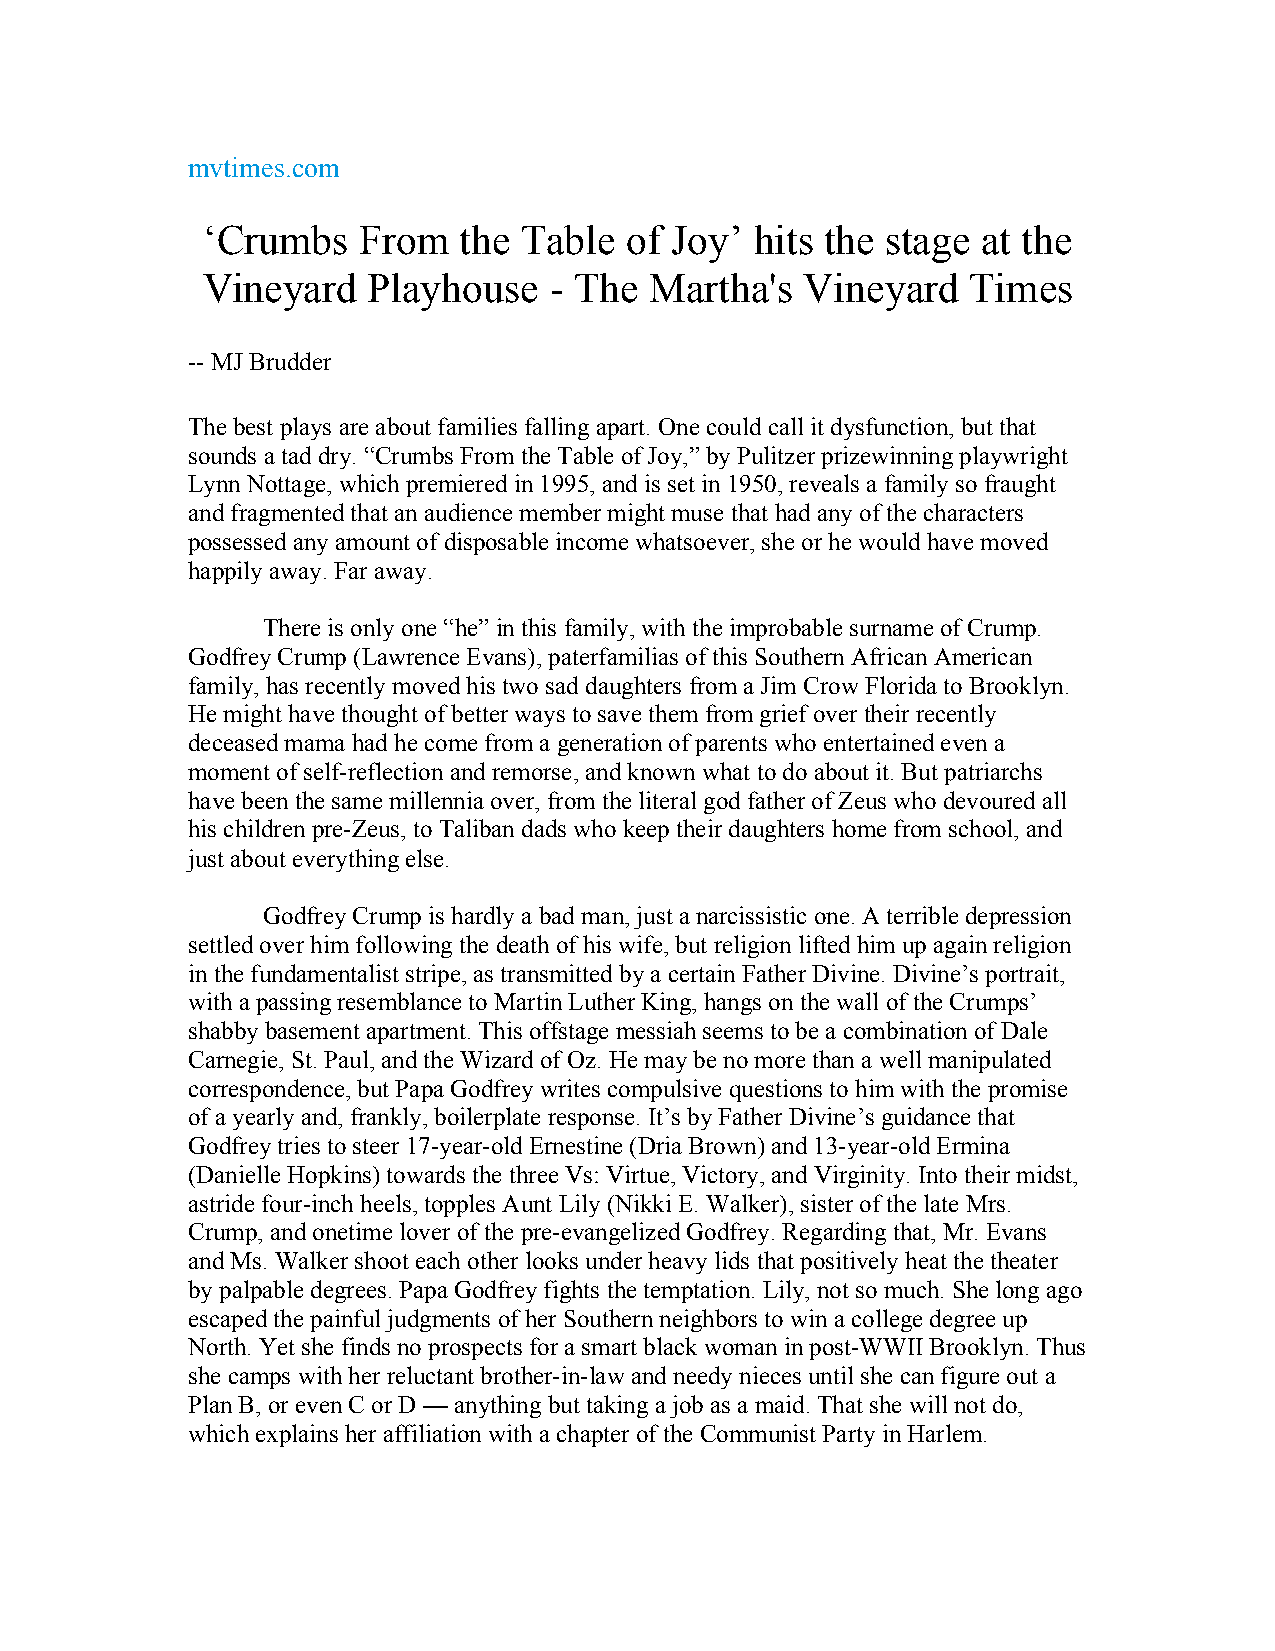
mvtimes.com
 ‘Crumbs    From  the Table  of Joy’  hits the stage at the
 Vineyard   Playhouse   - The  Martha's  Vineyard   Times
 -- MJ Brudder
 The best plays are about families falling apart. One could call it dysfunction, but that
 sounds a tad dry. “Crumbs From the Table of Joy,” by Pulitzer prizewinning playwright
 Lynn Nottage, which premiered in 1995, and is set in 1950, reveals a family so fraught
 and fragmented that an audience member might muse that had any of the characters
 possessed any amount of disposable income whatsoever, she or he would have moved
 happily away. Far away.
 There is only one “he” in this family, with the improbable surname of Crump.
 Godfrey Crump (Lawrence Evans), paterfamilias of this Southern African American
 family, has recently moved his two sad daughters from a Jim Crow Florida to Brooklyn.
 He might have thought of better ways to save them from grief over their recently
 deceased mama had he come from a generation of parents who entertained even a
 moment of self-reflection and remorse, and known what to do about it. But patriarchs
 have been the same millennia over, from the literal god father of Zeus who devoured all
 his children pre-Zeus, to Taliban dads who keep their daughters home from school, and
 just about everything else.
 Godfrey Crump is hardly a bad man, just a narcissistic one. A terrible depression
 settled over him following the death of his wife, but religion lifted him up again religion
 in the fundamentalist stripe, as transmitted by a certain Father Divine. Divine’s portrait,
 with a passing resemblance to Martin Luther King, hangs on the wall of the Crumps’
 shabby basement apartment. This offstage messiah seems to be a combination of Dale
 Carnegie, St. Paul, and the Wizard of Oz. He may be no more than a well manipulated
 correspondence, but Papa Godfrey writes compulsive questions to him with the promise
 of a yearly and, frankly, boilerplate response. It’s by Father Divine’s guidance that
 Godfrey tries to steer 17-year-old Ernestine (Dria Brown) and 13-year-old Ermina
 (Danielle Hopkins) towards the three Vs: Virtue, Victory, and Virginity. Into their midst,
 astride four-inch heels, topples Aunt Lily (Nikki E. Walker), sister of the late Mrs.
 Crump, and onetime lover of the pre-evangelized Godfrey. Regarding that, Mr. Evans
 and Ms. Walker shoot each other looks under heavy lids that positively heat the theater
 by palpable degrees. Papa Godfrey fights the temptation. Lily, not so much. She long ago
 escaped the painful judgments of her Southern neighbors to win a college degree up
 North. Yet she finds no prospects for a smart black woman in post-WWII Brooklyn. Thus
 she camps with her reluctant brother-in-law and needy nieces until she can figure out a
 Plan B, or even C or D — anything but taking a job as a maid. That she will not do,
 which explains her affiliation with a chapter of the Communist Party in Harlem.